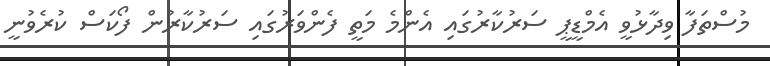
މުސްތަފާ ވިދާޅުވީ އެމްޑީޕީ ސަރުކާރުގައި އެންމެ މަތީ ފެންވަރުގައި ސަރުކާރުން ފޯކަސް ކުރެވުނީ